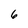
Character: 6